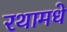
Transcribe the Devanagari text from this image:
रथामधे